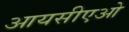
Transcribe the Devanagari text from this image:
आयसीएओ